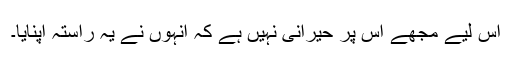
اس لیے مجھے اس پر حیرانی نہیں ہے کہ انہوں نے یہ راستہ اپنایا۔